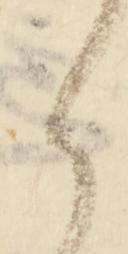
之